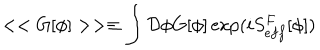
< < G [ \phi ] > > \equiv \int { \cal D } \phi G [ \phi ] \exp ( i S _ { e f f } ^ { F } [ \phi ] )